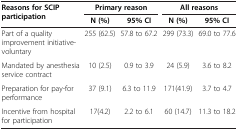
<table><thead><tr><td rowspan="2"><b>Reasons for SCIP participation</b></td><td colspan="2"><b>Primary reason</b></td><td colspan="2"><b>All reasons</b></td></tr><tr><td><b>N (%)</b></td><td><b>95% CI</b></td><td><b>N (%)</b></td><td><b>95% CI</b></td></tr></thead><tbody><tr><td>Part of a quality improvement initiative- voluntary</td><td>255 (62.5)</td><td>57.8 to 67.2</td><td>299 (73.3)</td><td>69.0 to 77.6</td></tr><tr><td>Mandated by anesthesia service contract</td><td>10 (2.5)</td><td>0.9 to 3.9</td><td>24 (5.9)</td><td>3.6 to 8.2</td></tr><tr><td>Preparation for pay-for performance</td><td>37 (9.1)</td><td>6.3 to 11.9</td><td>171(41.9)</td><td>3.7 to 4.7</td></tr><tr><td>Incentive from hospital for participation</td><td>17(4.2)</td><td>2.2 to 6.1</td><td>60 (14.7)</td><td>11.3 to 18.2</td></tr></tbody></table>